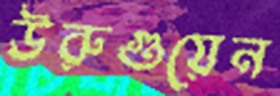
উরুগুয়েন